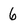
Character: 6